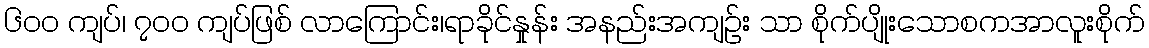
၆၀၀ ကျပ်၊ ၇၀၀ ကျပ်ဖြစ် လာကြောင်း၊ရာခိုင်နှုန်း အနည်းအကျဉ်း သာ စိုက်ပျိုးသောစကအာလူးစိုက်